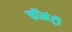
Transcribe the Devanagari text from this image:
कॉमंट्री